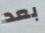
بعد